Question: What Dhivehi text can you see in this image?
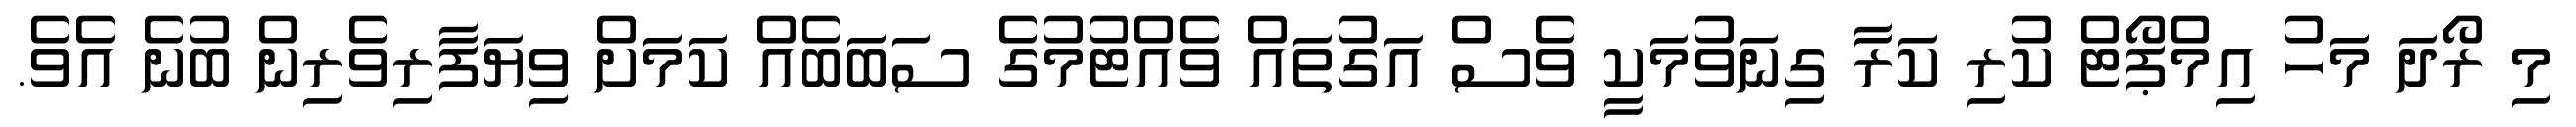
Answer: މި ރޯދަ މަހު އިމްޕޯޓް ކުރި ކަރާ ގިނަވުމަކީ ވެސް އަގުތައް ވެއްޓުމުގެ ސަބަބެއް ކަމަށް ވިޔަފާރިވެރިން ބުނެ އެވެ.